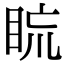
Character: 䀮